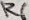
Text: R6